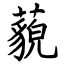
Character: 藐